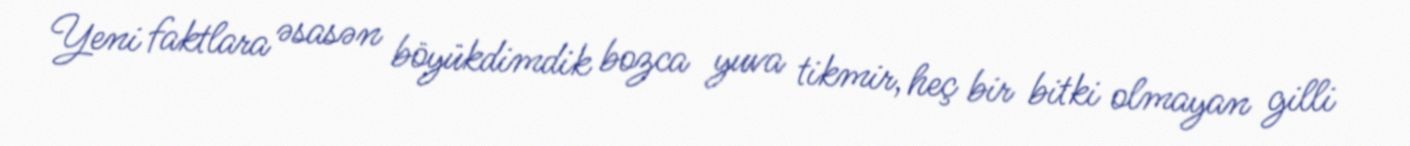
Yeni faktlara əsasən böyükdimdik bozca yuva tikmir, heç bir bitki olmayan gilli